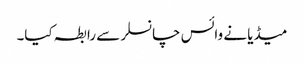
میڈیا نے وائس چانسلر سے رابطہ کیا۔